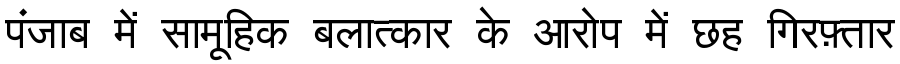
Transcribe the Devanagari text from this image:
पंजाब में सामूहिक बलात्कार के आरोप में छह गिरफ़्तार